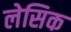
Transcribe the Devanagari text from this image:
लेसिक